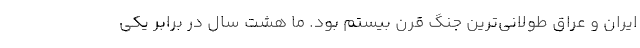
ایران و عراق طولانی‌ترین جنگ قرن بیستم بود. ما هشت سال در برابر یکی